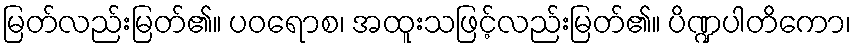
မြတ်လည်းမြတ်၏။ ပဝရောစ၊ အထူးသဖြင့်လည်းမြတ်၏။ ပိဏ္ဍပါတိကော၊